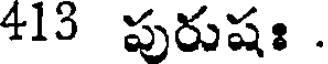
413 పురుషః .